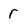
Character: r